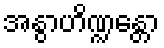
အနွာဟိဏ္ဍန္တော